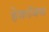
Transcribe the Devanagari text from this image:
हेकॉक्स